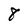
Character: 8